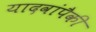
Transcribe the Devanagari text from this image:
यादवांपैकी